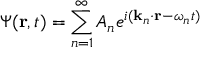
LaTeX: \Psi ( \mathbf { r } , t ) = \sum _ { n = 1 } ^ { \infty } A _ { n } e ^ { i ( \mathbf { k } _ { n } \cdot \mathbf { r } - \omega _ { n } t ) } \,